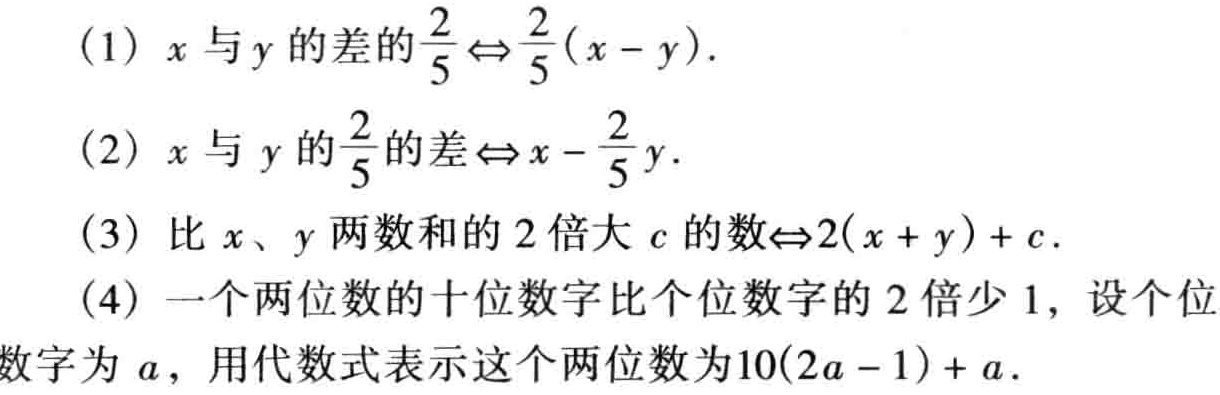
(1) \(x\)与\(y\)的差的\(\frac{2}{5}\Leftrightarrow\frac{2}{5}(x - y)\).

(2) \(x\)与\(y\)的\(\frac{2}{5}\)的差\(\Leftrightarrow x-\frac{2}{5}y\).

(3) 比\(x\)、\(y\)两数和的\(2\)倍大\(c\)的数\(\Leftrightarrow2(x + y)+c\).

(4) 一个两位数的十位数字比个位数字的\(2\)倍少\(1\)，设个位数字为\(a\)，用代数式表示这个两位数为\(10(2a - 1)+a\).